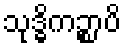
သုဒ္ဓိကဉ္စာပိ